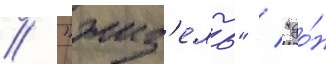
/ "жиз'ель" / "до́н